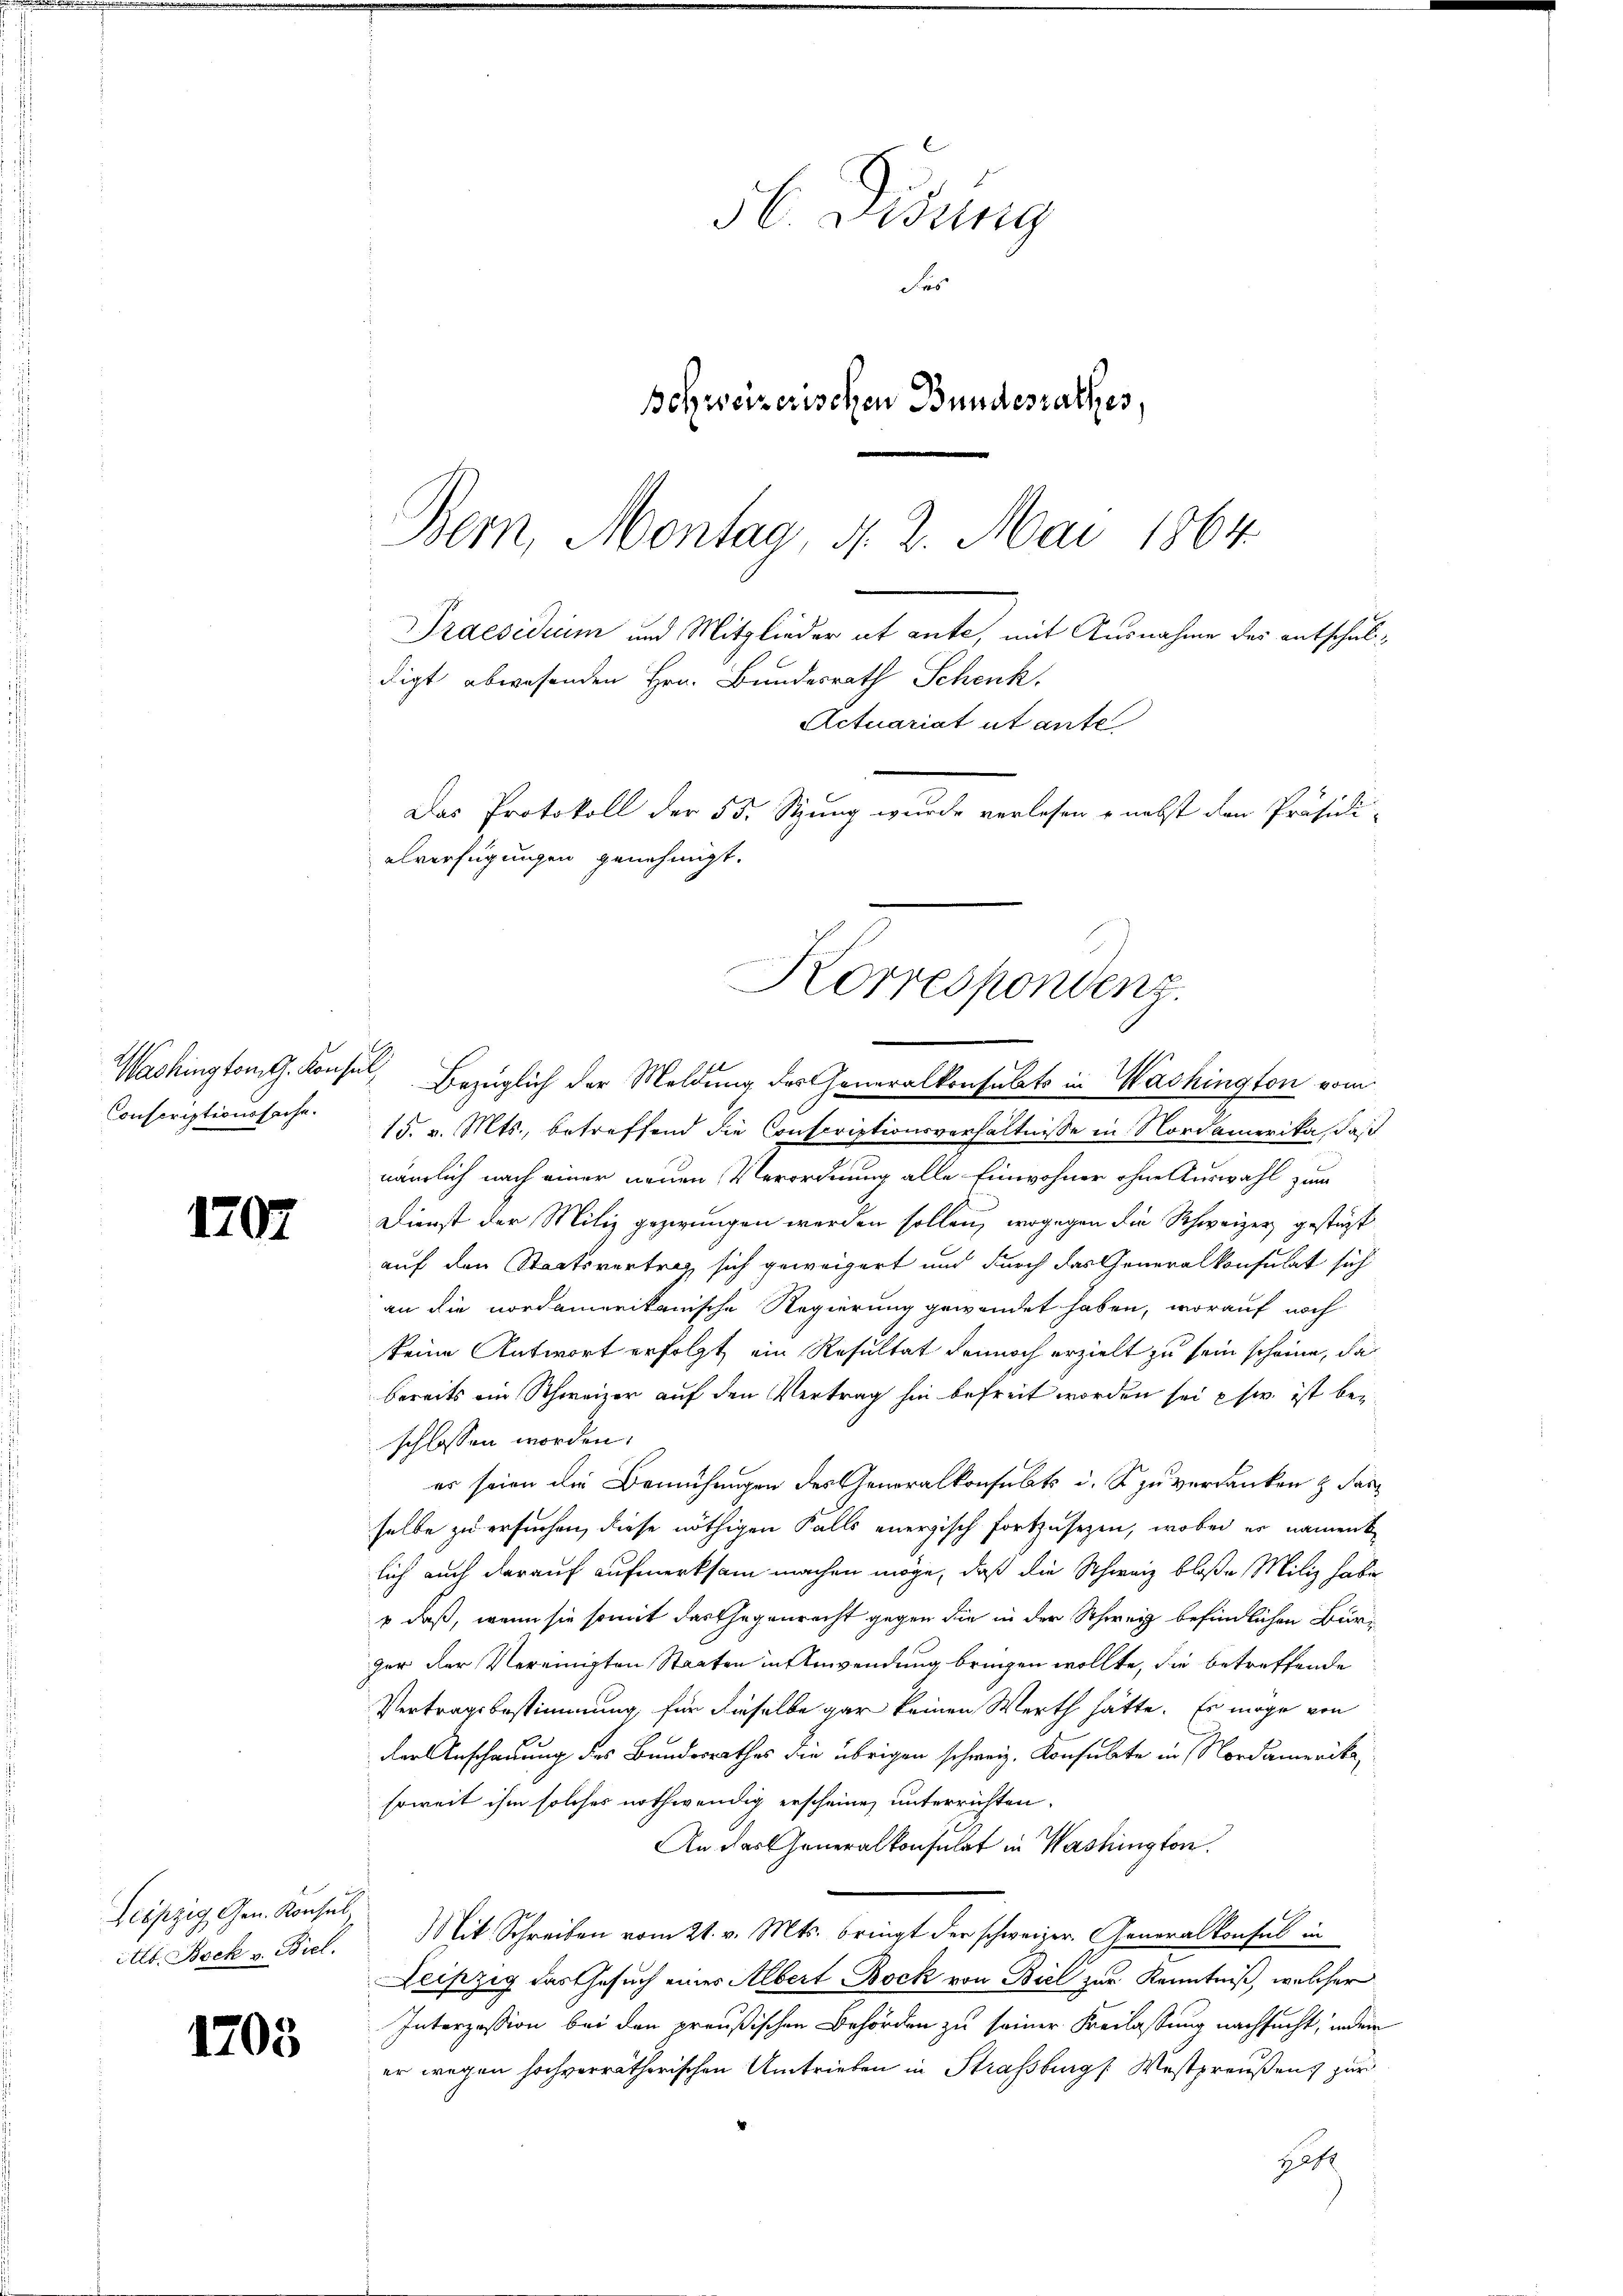
1707

Leipzig Gen. Konsul
Alb. Bock v. Biel.

1703

Korrespondenz.
Washington G. Konsul Bezüglich der Meldung des Generalkonsulats in Washington vom

Conscriptionssache.

56. Disung
Fes
Behweizerischen Bundesrathes,
Bern, Montag d. 2. Mai 1864.
Praesidium und Mitglieder ab ante, mit Ausnahme des entschuldigt abwesenden Hrn. Bundesrath Schenk.
Actuariat et ante
Das Protokoll der 55. Stung wurde verlesen - nebst den Präsidi-
elverfügungen genehmigt.

15. v. Mts., betreffend die Conscriptionsverhältnisse in Nordamerika, daß
nämlich nach einer neuen Verordnung alle Einwohner ohne Auswahl zum
Dienst der Miliz gezwungen werden sollen, wogegen die Schweizer gestüzt
auf den Staatsvertrag sich geweigert und durch das Generalkonsulat sich
an die nordamerikanische Regierung gewendet haben, worauf noch
keine Antwort erfolgt, ein Resultat dennoch erzielt zu sein scheine, da
bereits ein Schweizer auf den Vertrag hin befreit worden sei usw. ist beschlossen worden.
es seien die Bemühungen des Generalkonsults u. S. zu verdanken & das
selbe zu ersuchen, diese nöthigen Falls energisch fortzusezen, wobei er nament
lich auch darauf aufmerksam machen möge, daß die Schweiz bloße Miliz habe
 daß, wenn sie somit das Gegenrecht gegen die in der Schweiz befindlichen Bürger der Vereinigten Staaten in Anwendung bringen wollte, die betreffende
Vertragsbestimmung, für dieselbe gar keinen Werth hätte. Es möge von
der Anschauung des Bundesrathes die übrigen schweiz. Konsulate in Nordamerikasoweit ihm solches nothwendig erscheine, unterrichten.
An das Generalkonsulat in Washington.
Mit Schreiben vom 21. v. Mts. bringt der schweizer. Generalkonsul in
Leipzig das Gesuch eines Albert Bock von Biel zur Kenntniß, welcher
Interzession bei den preußischen Behörden zu seiner Beilassung nachsucht, indem
er wegen hochverrätherischen Umtrieben in Strassburg [Westpreußens zur
Hof